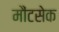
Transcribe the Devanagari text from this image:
मौंटसेक